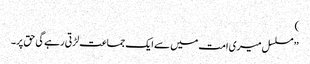
)
’’ مسلسل میری امت میں سے ایک جماعت لڑتی رہے گی حق پر۔